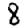
Digit: 8